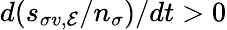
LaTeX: d(s_{\sigma v,{\cal E}}/n_{\sigma})/dt>0